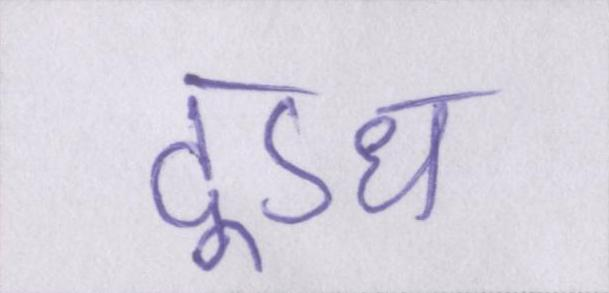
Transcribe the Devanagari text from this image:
दूऽध